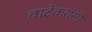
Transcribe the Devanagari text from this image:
वाटेकरांसी